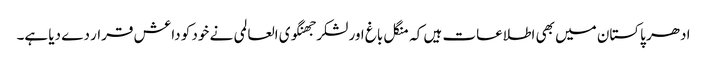
ادھر پاکستان میں بھی اطلاعات ہیں کہ منگل باغ اور لشکر جھنگوی العالمی نے خود کو داعش قرار دے دیا ہے۔